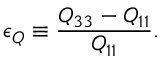
\epsilon _ { Q } \equiv \frac { Q _ { 3 3 } - Q _ { 1 1 } } { Q _ { 1 1 } } .